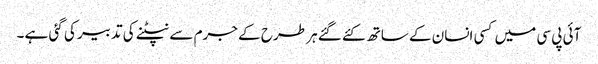
آئی پی سی میں کسی انسان کے ساتھ کئے گئے ہر طرح کے جرم سے نپٹنے کی تدبیر کی گئی ہے ۔